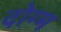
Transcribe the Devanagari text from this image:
दोग्म